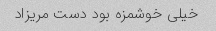
خیلی خوشمزه بود دست مریزاد